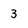
Character: 3